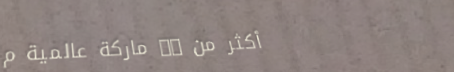
أكثر من 50 ماركة عالمية م